Indian journal of veterinary science and animal husbandry - Volumes 22-23, 1952-1953
Year: 1952
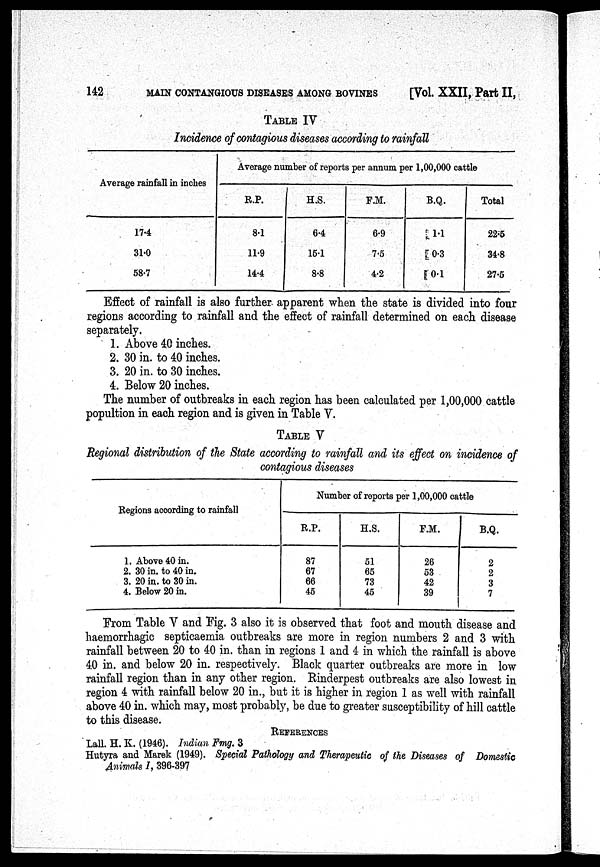
142
MAIN CONTANGIOUS DISEASES AMONG BOVINES
[Vol. XXII, Part II,
TABLE IV
Incidence of contagious diseases according to rainfall
Average rainfall in inches
17.4
31.0
58.7
Average number of reports per annum per 1,00,000 cattle
R.P.
8.1
11.9
14.4
H.S.
6.4
15.1
8.8
F.M.
6.9
7.5
4.2
B.Q.
1.1
0.3
0.1
Total
22.5
34.8
27.5
Effect of rainfall is also further apparent when the state is divided into four
regions according to rainfall and the effect of rainfall determined on each disease
separately.
1. Above 40 inches.
2. 30 in. to 40 inches.
3. 20 in. to 30 inches.
4. Below 20 inches.
The number of outbreaks in each region has been calculated per 1,00,000 cattle
popultion in each region and is given in Table V.
TABLE V
Regional distribution of the State according to rainfall and its effect on incidence of
contagious diseases
Regions according to rainfall
1. Above 40 in.
2. 30 in. to 40 in.
3. 20 in. to 30 in.
4. Below 20 in.
Number of reports per 1,00,000 cattle
R.P.
87
67
66
45
H.S.
51
65
73
45
F.M.
26
53
42
39
B.Q.
2
2
3
7
From Table V and Fig. 3 also it is observed that foot and mouth disease and
haemorrhagic septicaemia outbreaks are more in region numbers 2 and 3 with
rainfall between 20 to 40 in. than in regions 1 and 4 in which the rainfall is above
40 in. and below 20 in. respectively. Black quarter outbreaks are more in low
rainfall region than in any other region. Rinderpest outbreaks are also lowest in
region 4 with rainfall below 20 in., but it is higher in region 1 as well with rainfall
above 40 in. which may, most probably, be due to greater susceptibility of hill cattle
to this disease.
REFERENCES
Lall. H. K. (1946). Indian Fmg. 3
Hutyra and Marek (1949). Special Pathology and Therapeutic of the Diseases of Domestic
Animals I, 396-397